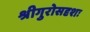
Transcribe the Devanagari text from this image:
श्रीगुरोसदृशः